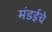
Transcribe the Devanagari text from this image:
मंडईचे